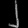
Digit: ၂